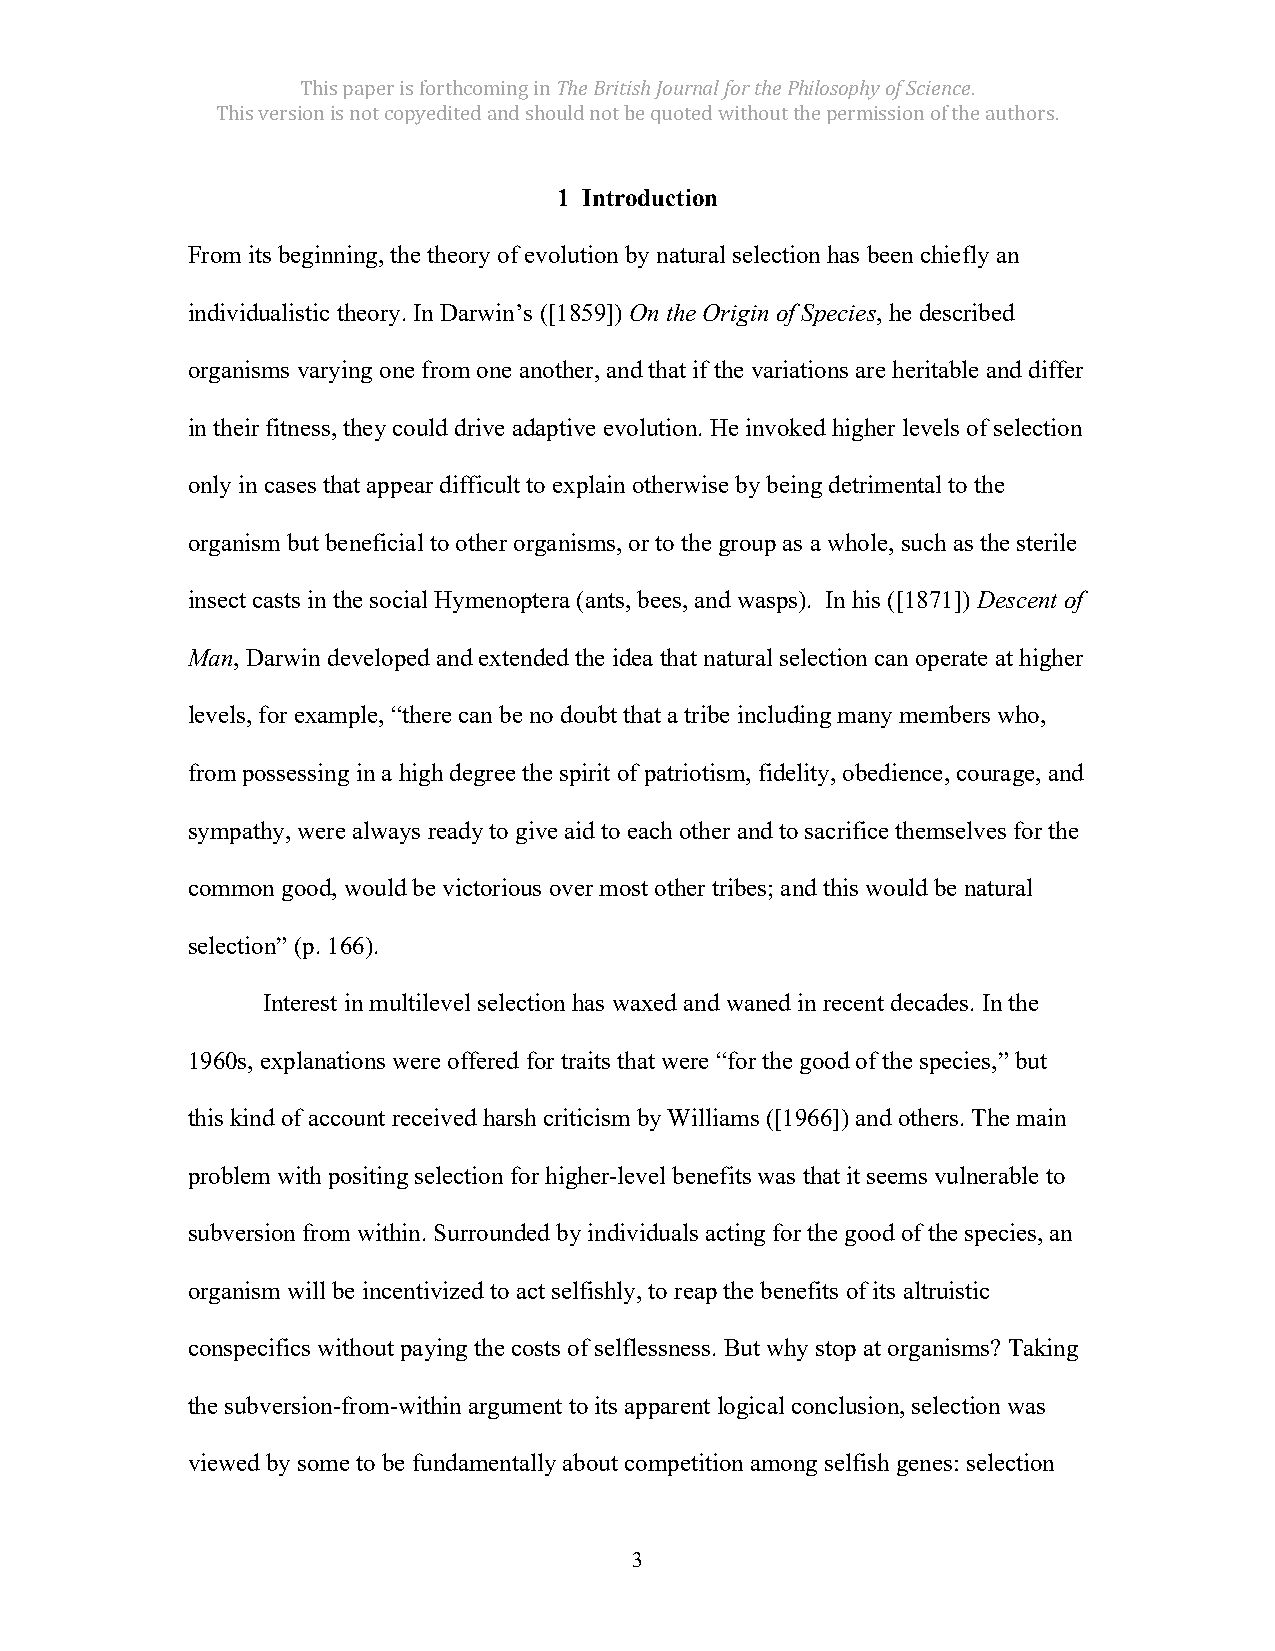
This paper is forthcoming in The British Journal for the Philosophy of Science.
 This version is not copyedited and should not be quoted without the permission of the authors.
 1 Introduction
 From its beginning, the theory of evolution by natural selection has been chiefly an
 individualistic theory. In Darwin’s ([1859]) On the Origin of Species, he described
 organisms varying one from one another, and that if the variations are heritable and differ
 in their fitness, they could drive adaptive evolution. He invoked higher levels of selection
 only in cases that appear difficult to explain otherwise by being detrimental to the
 organism but beneficial to other organisms, or to the group as a whole, such as the sterile
 insect casts in the social Hymenoptera (ants, bees, and wasps). In his ([1871]) Descent of
 Man, Darwin developed and extended the idea that natural selection can operate at higher
 levels, for example, “there can be no doubt that a tribe including many members who,
 from possessing in a high degree the spirit of patriotism, fidelity, obedience, courage, and
 sympathy, were always ready to give aid to each other and to sacrifice themselves for the
 common good, would be victorious over most other tribes; and this would be natural
 selection” (p. 166).
 Interest in multilevel selection has waxed and waned in recent decades. In the
 1960s, explanations were offered for traits that were “for the good of the species,” but
 this kind of account received harsh criticism by Williams ([1966]) and others. The main
 problem with positing selection for higher-level benefits was that it seems vulnerable to
 subversion from within. Surrounded by individuals acting for the good of the species, an
 organism will be incentivized to act selfishly, to reap the benefits of its altruistic
 conspecifics without paying the costs of selflessness. But why stop at organisms? Taking
 the subversion-from-within argument to its apparent logical conclusion, selection was
 viewed by some to be fundamentally about competition among selfish genes: selection
 3